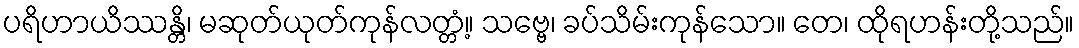
ပရိဟာယိဿန္တိ၊ မဆုတ်ယုတ်ကုန်လတ္တံ့။ သဗ္ဗေ၊ ခပ်သိမ်းကုန်သော။ တေ၊ ထိုရဟန်းတို့သည်။